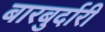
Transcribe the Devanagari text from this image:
बारबुर्दारी